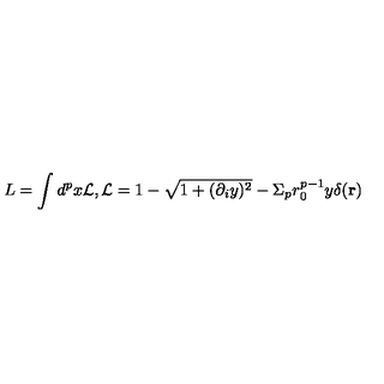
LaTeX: L = \int d ^ { p } x { \cal L } , { \cal L } = 1 - \sqrt { 1 + ( \partial _ { i } y ) ^ { 2 } } - \Sigma _ { p } r _ { 0 } ^ { p - 1 } y \delta ( { \bf r } )